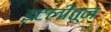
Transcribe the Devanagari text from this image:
इटलीतून